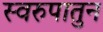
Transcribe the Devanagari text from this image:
स्वरुपातुन